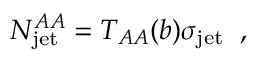
N _ { \mathrm { j e t } } ^ { A A } = T _ { A A } ( b ) \sigma _ { \mathrm { j e t } } \; \; ,